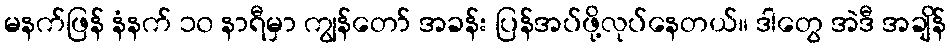
မနက်ဖြန် နံနက် ၁၀ နာရီမှာ ကျွန်တော် အခန်း ပြန်အပ်ဖို့လုပ်နေတယ်။ ဒါတွေ အဲဒီ အချိန်